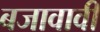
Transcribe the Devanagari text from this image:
बजावावी